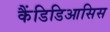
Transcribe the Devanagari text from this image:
कैंडिडिआसिस